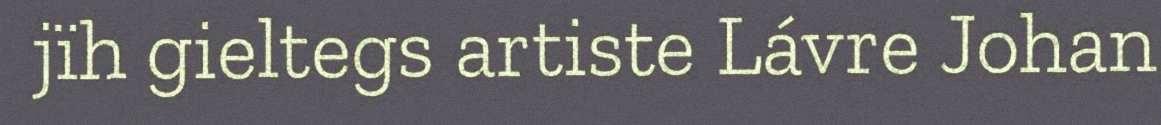
jïh gieltegs artiste Lávre Johan